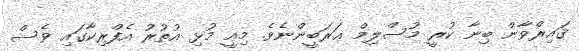
ޤައިރްވާން ބިނާ ކުރީ މުސްލިމް ޢަރަބީންނެވެ. މިއީ މުޅި އުތުރު އެފްރިކާގައި ވެސް